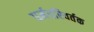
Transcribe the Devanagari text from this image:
धर्मपरिवर्तक